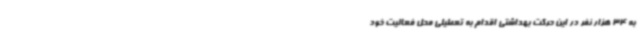
به 34 هزار نفر در این حرکت بهداشتی اقدام به تعطیلی محل فعالیت خود